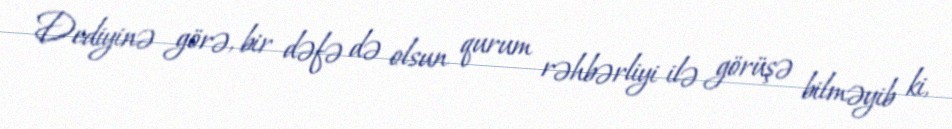
Dediyinə görə, bir dəfə də olsun qurum rəhbərliyi ilə görüşə bilməyib ki,